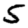
Digit: 5